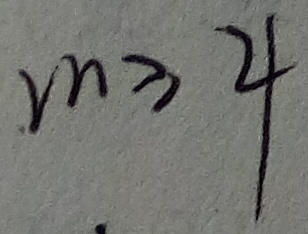
m \geq 4